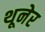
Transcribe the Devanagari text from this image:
थूनेर